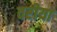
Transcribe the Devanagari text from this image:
वरीया